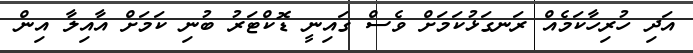
އަދި ހުރިހާކަމެއް ރަނގަޅުކަމަށް ވެސް ގައިނީ ޑޮކްޓަރު ބުނި ކަމަށް އާއިލާ އިން